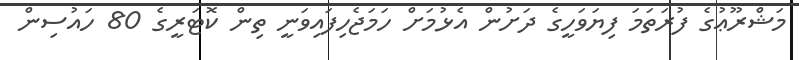
މަޝްރޫޢުގެ ފުރަތަމަ ފިޔަވަހީގެ ދަށުން އެޅުމަށް ހަމަޖެހިފައިވަނީ ތިން ކޮޓަރީގެ 80 ހައުސިން